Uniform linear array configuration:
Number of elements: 32
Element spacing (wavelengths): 0.5
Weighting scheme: binomial
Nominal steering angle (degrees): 45
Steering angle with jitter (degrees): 43.075
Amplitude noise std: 0.05
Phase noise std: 0.05

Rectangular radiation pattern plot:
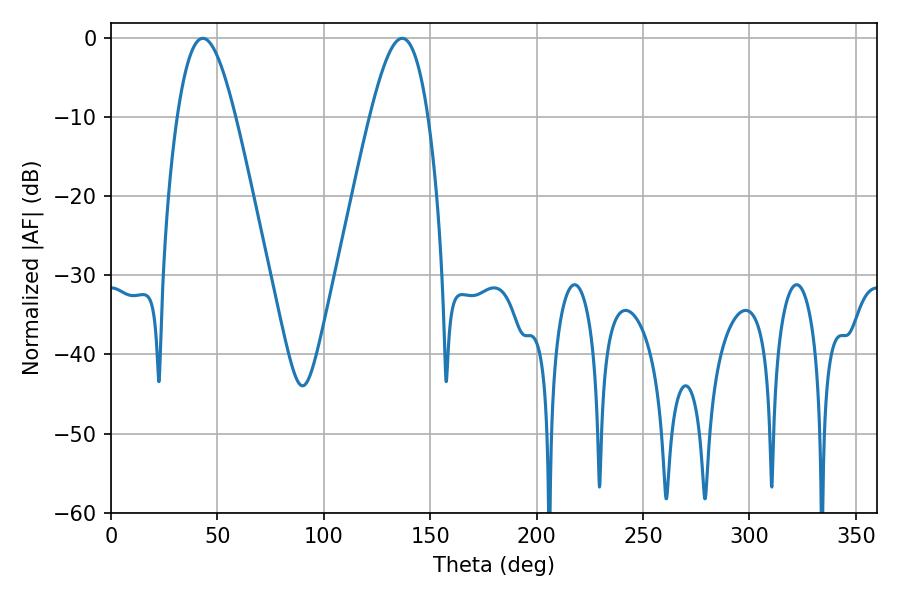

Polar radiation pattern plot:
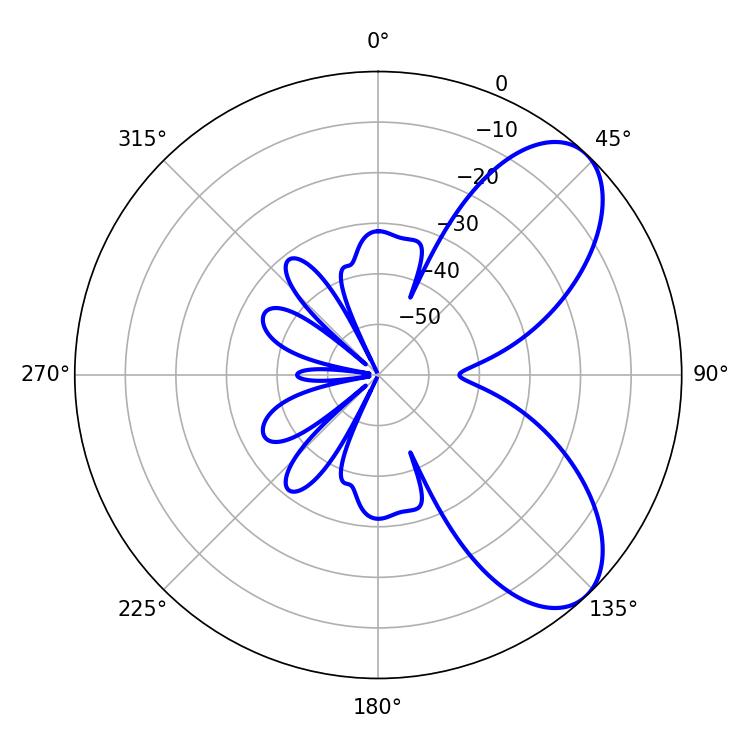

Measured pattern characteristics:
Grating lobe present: FALSE
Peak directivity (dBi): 7.133
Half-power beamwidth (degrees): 14.58
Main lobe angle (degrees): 43.2